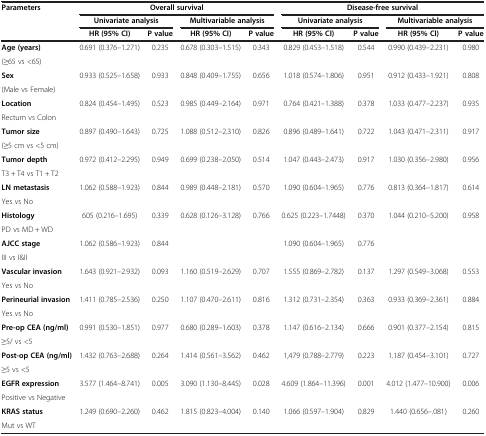
<table><thead><tr><td rowspan="3"><b>Parameters</b></td><td colspan="4"><b>Overall survival</b></td><td colspan="4"><b>Disease-free survival</b></td></tr><tr><td colspan="2"><b>Univariate analysis</b></td><td colspan="2"><b>Multivariable analysis</b></td><td colspan="2"><b>Univariate analysis</b></td><td colspan="2"><b>Multivariable analysis</b></td></tr><tr><td><b>HR (95% CI)</b></td><td><b>P value</b></td><td><b>HR (95% CI)</b></td><td><b>P value</b></td><td><b>HR (95% CI)</b></td><td><b>P value</b></td><td><b>HR (95% CI)</b></td><td><b>P value</b></td></tr></thead><tbody><tr><td><b>Age (years)</b></td><td rowspan="2">0.691 (0.376–1.271)</td><td rowspan="2">0.235</td><td rowspan="2">0.678 (0.303–1.515)</td><td rowspan="2">0.343</td><td rowspan="2">0.829 (0.453–1.518)</td><td rowspan="2">0.544</td><td rowspan="2">0.990 (0.439–2.231)</td><td rowspan="2">0.980</td></tr><tr><td>(≥65 vs &lt;65)</td></tr><tr><td><b>Sex</b></td><td rowspan="2">0.933 (0.525–1.658)</td><td rowspan="2">0.933</td><td rowspan="2">0.848 (0.409–1.755)</td><td rowspan="2">0.656</td><td rowspan="2">1.018 (0.574–1.806)</td><td rowspan="2">0.951</td><td rowspan="2">0.912 (0.433–1.921)</td><td rowspan="2">0.808</td></tr><tr><td>(Male vs Female)</td></tr><tr><td><b>Location</b></td><td rowspan="2">0.824 (0.454–1.495)</td><td rowspan="2">0.523</td><td rowspan="2">0.985 (0.449–2.164)</td><td rowspan="2">0.971</td><td rowspan="2">0.764 (0.421–1.388)</td><td rowspan="2">0.378</td><td rowspan="2">1.033 (0.477–2.237)</td><td rowspan="2">0.935</td></tr><tr><td>Rectum vs Colon</td></tr><tr><td><b>Tumor size</b></td><td rowspan="2">0.897 (0.490–1.643)</td><td rowspan="2">0.725</td><td rowspan="2">1.088 (0.512–2.310)</td><td rowspan="2">0.826</td><td rowspan="2">0.896 (0.489–1.641)</td><td rowspan="2">0.722</td><td rowspan="2">1.043 (0.471–2.311)</td><td rowspan="2">0.917</td></tr><tr><td>(≥5 cm vs &lt;5 cm)</td></tr><tr><td><b>Tumor depth</b></td><td rowspan="2">0.972 (0.412–2.295)</td><td rowspan="2">0.949</td><td rowspan="2">0.699 (0.238–2.050)</td><td rowspan="2">0.514</td><td rowspan="2">1.047 (0.443–2.473)</td><td rowspan="2">0.917</td><td rowspan="2">1.030 (0.356–2.980)</td><td rowspan="2">0.956</td></tr><tr><td>T3 + T4 vs T1 + T2</td></tr><tr><td><b>LN metastasis</b></td><td rowspan="2">1.062 (0.588–1.923)</td><td rowspan="2">0.844</td><td rowspan="2">0.989 (0.448–2.181)</td><td rowspan="2">0.570</td><td rowspan="2">1.090 (0.604–1.965)</td><td rowspan="2">0.776</td><td rowspan="2">0.813 (0.364–1.817)</td><td rowspan="2">0.614</td></tr><tr><td>Yes vs No</td></tr><tr><td><b>Histology</b></td><td rowspan="2">605 (0.216–1.695)</td><td rowspan="2">0.339</td><td rowspan="2">0.628 (0.126–3.128)</td><td rowspan="2">0.766</td><td rowspan="2">0.625 (0.223–1.7448)</td><td rowspan="2">0.370</td><td rowspan="2">1.044 (0.210–5.200)</td><td rowspan="2">0.958</td></tr><tr><td>PD vs MD + WD</td></tr><tr><td><b>AJCC stage</b></td><td rowspan="2">1.062 (0.586–1.923)</td><td rowspan="2">0.844</td><td rowspan="2"> </td><td rowspan="2"> </td><td rowspan="2">1.090 (0.604–1.965)</td><td rowspan="2">0.776</td><td rowspan="2"> </td><td rowspan="2"> </td></tr><tr><td>III vs I&amp;II</td></tr><tr><td><b>Vascular invasion</b></td><td rowspan="2">1.643 (0.921–2.932)</td><td rowspan="2">0.093</td><td rowspan="2">1.160 (0.519–2.629)</td><td rowspan="2">0.707</td><td rowspan="2">1.555 (0.869–2.782)</td><td rowspan="2">0.137</td><td rowspan="2">1.297 (0.549–3.068)</td><td rowspan="2">0.553</td></tr><tr><td>Yes vs No</td></tr><tr><td><b>Perineurial invasion</b></td><td rowspan="2">1.411 (0.785–2.536)</td><td rowspan="2">0.250</td><td rowspan="2">1.107 (0.470–2.611)</td><td rowspan="2">0.816</td><td rowspan="2">1.312 (0.731–2.354)</td><td rowspan="2">0.363</td><td rowspan="2">0.933 (0.369–2.361)</td><td rowspan="2">0.884</td></tr><tr><td>Yes vs No</td></tr><tr><td><b>Pre-op CEA (ng/ml)</b></td><td rowspan="2">0.991 (0.530–1.851)</td><td rowspan="2">0.977</td><td rowspan="2">0.680 (0.289–1.603)</td><td rowspan="2">0.378</td><td rowspan="2">1.147 (0.616–2.134)</td><td rowspan="2">0.666</td><td rowspan="2">0.901 (0.377–2.154)</td><td rowspan="2">0.815</td></tr><tr><td>≥5/ vs &lt;5</td></tr><tr><td><b>Post-op CEA (ng/ml)</b></td><td rowspan="2">1.432 (0.763–2.688)</td><td rowspan="2">0.264</td><td rowspan="2">1.414 (0.561–3.562)</td><td rowspan="2">0.462</td><td rowspan="2">1,479 (0.788–2.779)</td><td rowspan="2">0.223</td><td rowspan="2">1.187 (0.454–3.101)</td><td rowspan="2">0.727</td></tr><tr><td>≥5 vs &lt;5</td></tr><tr><td><b>EGFR expression</b></td><td rowspan="2">3.577 (1.464–8.741)</td><td rowspan="2">0.005</td><td rowspan="2">3.090 (1.130–8.445)</td><td rowspan="2">0.028</td><td rowspan="2">4.609 (1.864–11.396)</td><td rowspan="2">0.001</td><td rowspan="2">4.012 (1.477–10.900)</td><td rowspan="2">0.006</td></tr><tr><td>Positive vs Negative</td></tr><tr><td><b>KRAS status</b></td><td rowspan="2">1.249 (0.690–2.260)</td><td rowspan="2">0.462</td><td rowspan="2">1.815 (0.823–4.004)</td><td rowspan="2">0.140</td><td rowspan="2">1.066 (0.597–1.904)</td><td rowspan="2">0.829</td><td rowspan="2">1.440 (0.656–.081)</td><td rowspan="2">0.260</td></tr><tr><td>Mut vs WT</td></tr></tbody></table>